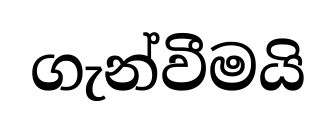
ගැන්වීමයි